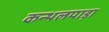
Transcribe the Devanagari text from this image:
कन्थलपाड़ा